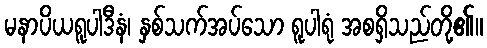
မနာပိယရူပါဒီနံ၊ နှစ်သက်အပ်သော ရူပါရုံ အစရှိသည်တို့၏။